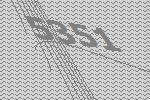
5351